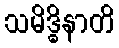
သမိဒ္ဓိနာတိ